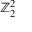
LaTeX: \mathbb { Z } _ { 2 } ^ { 2 }